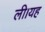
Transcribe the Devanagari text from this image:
ली।यह